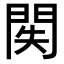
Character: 𨳺